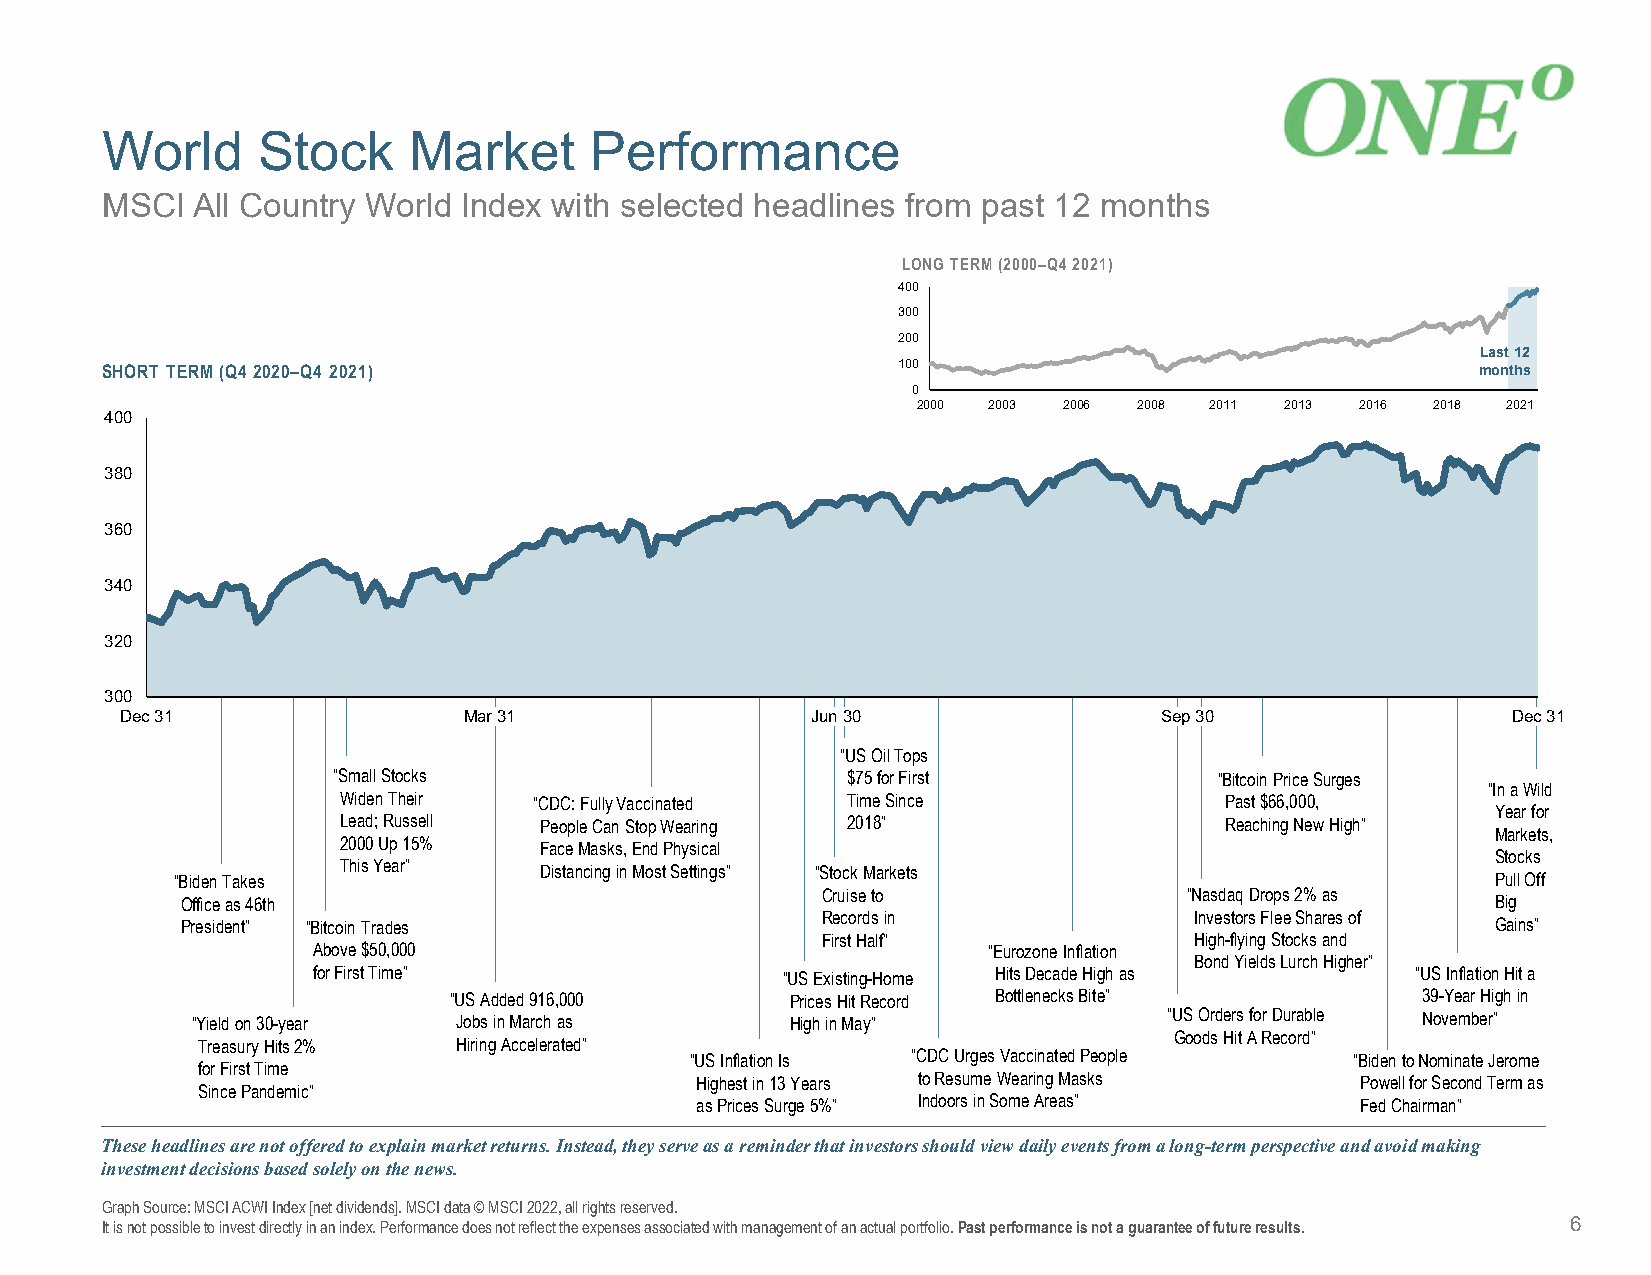
World     Stock     Market      Performance
 MSCI  All Country World Index with selected headlines from past 12 months
 LONG TERM (2000–Q4 2021)
 400
 300
 200
 Last 12
 SHORT TERM (Q4 2020–Q4 2021)                        100                                    months
 0
 2000 2003 2006 2008 2011 2013 2016 2018 2021
 400
 380
 360
 340
 320
 300
 Dec 31                 Mar 31                 Jun 30                 Sep 30                 Dec 31
 “US Oil Tops
 “Small Stocks                     $75 for First            “Bitcoin Price Surges
 “In a Wild
 Widen Their  “CDC: Fully Vaccinated Time Since             Past $66,000,
 Year for
 Lead; Russell People Can Stop Wearing 2018”                Reaching New High”
 Markets,
 2000 Up 15%   Face Masks, End Physical
 Stocks
 This Year”    Distancing in Most Settings” “Stock Markets
 “Biden Takes                                                                           Pull Off
 Cruise to                “Nasdaq Drops 2% as
 Office as 46th                                                                         Big
 Records in               Investors Flee Shares of
 President” “Bitcoin Trades                                                             Gains”
 First Half”              High-flying Stocks and
 Above $50,000                               “Eurozone Inflation
 Bond Yields Lurch Higher”
 for First Time”                “US Existing-Home Hits Decade High as     “US Inflation Hit a
 “US Added 916,000     Prices Hit Record Bottlenecks Bite”       39-Year High in
 “Yield on 30-year Jobs in March as     High in May”             “US Orders for Durable November”
 Goods Hit A Record”
 Treasury Hits 2% Hiring Accelerated”
 “US Inflation Is “CDC Urges Vaccinated People “Biden to Nominate Jerome
 for First Time
 Highest in 13 Years to Resume Wearing Masks Powell for Second Term as
 Since Pandemic”
 as Prices Surge 5%” Indoors in Some Areas”  Fed Chairman”
 These headlines are not offered to explain market returns. Instead, they serve as a reminder that investors should view dailyevents from a long-term perspective and avoid making
 investment decisions based solely on the news.
 Graph Source: MSCI ACWI Index [net dividends]. MSCI data © MSCI 2022, all rights reserved.
 It is not possible to invest directly in an index. Performance does not reflect the expenses associated with management of anactual portfolio. Past performance is not a guarantee of future results. 6